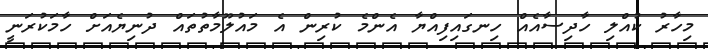
މިހާރު ކުއްލި ހާދިސާއެއް ހިނގައިފިއްޔާ އެންމެ ކުރިން އެ މައުލޫމާތުތައް ދުނިޔެއަށް ހާމަކުރަނީ